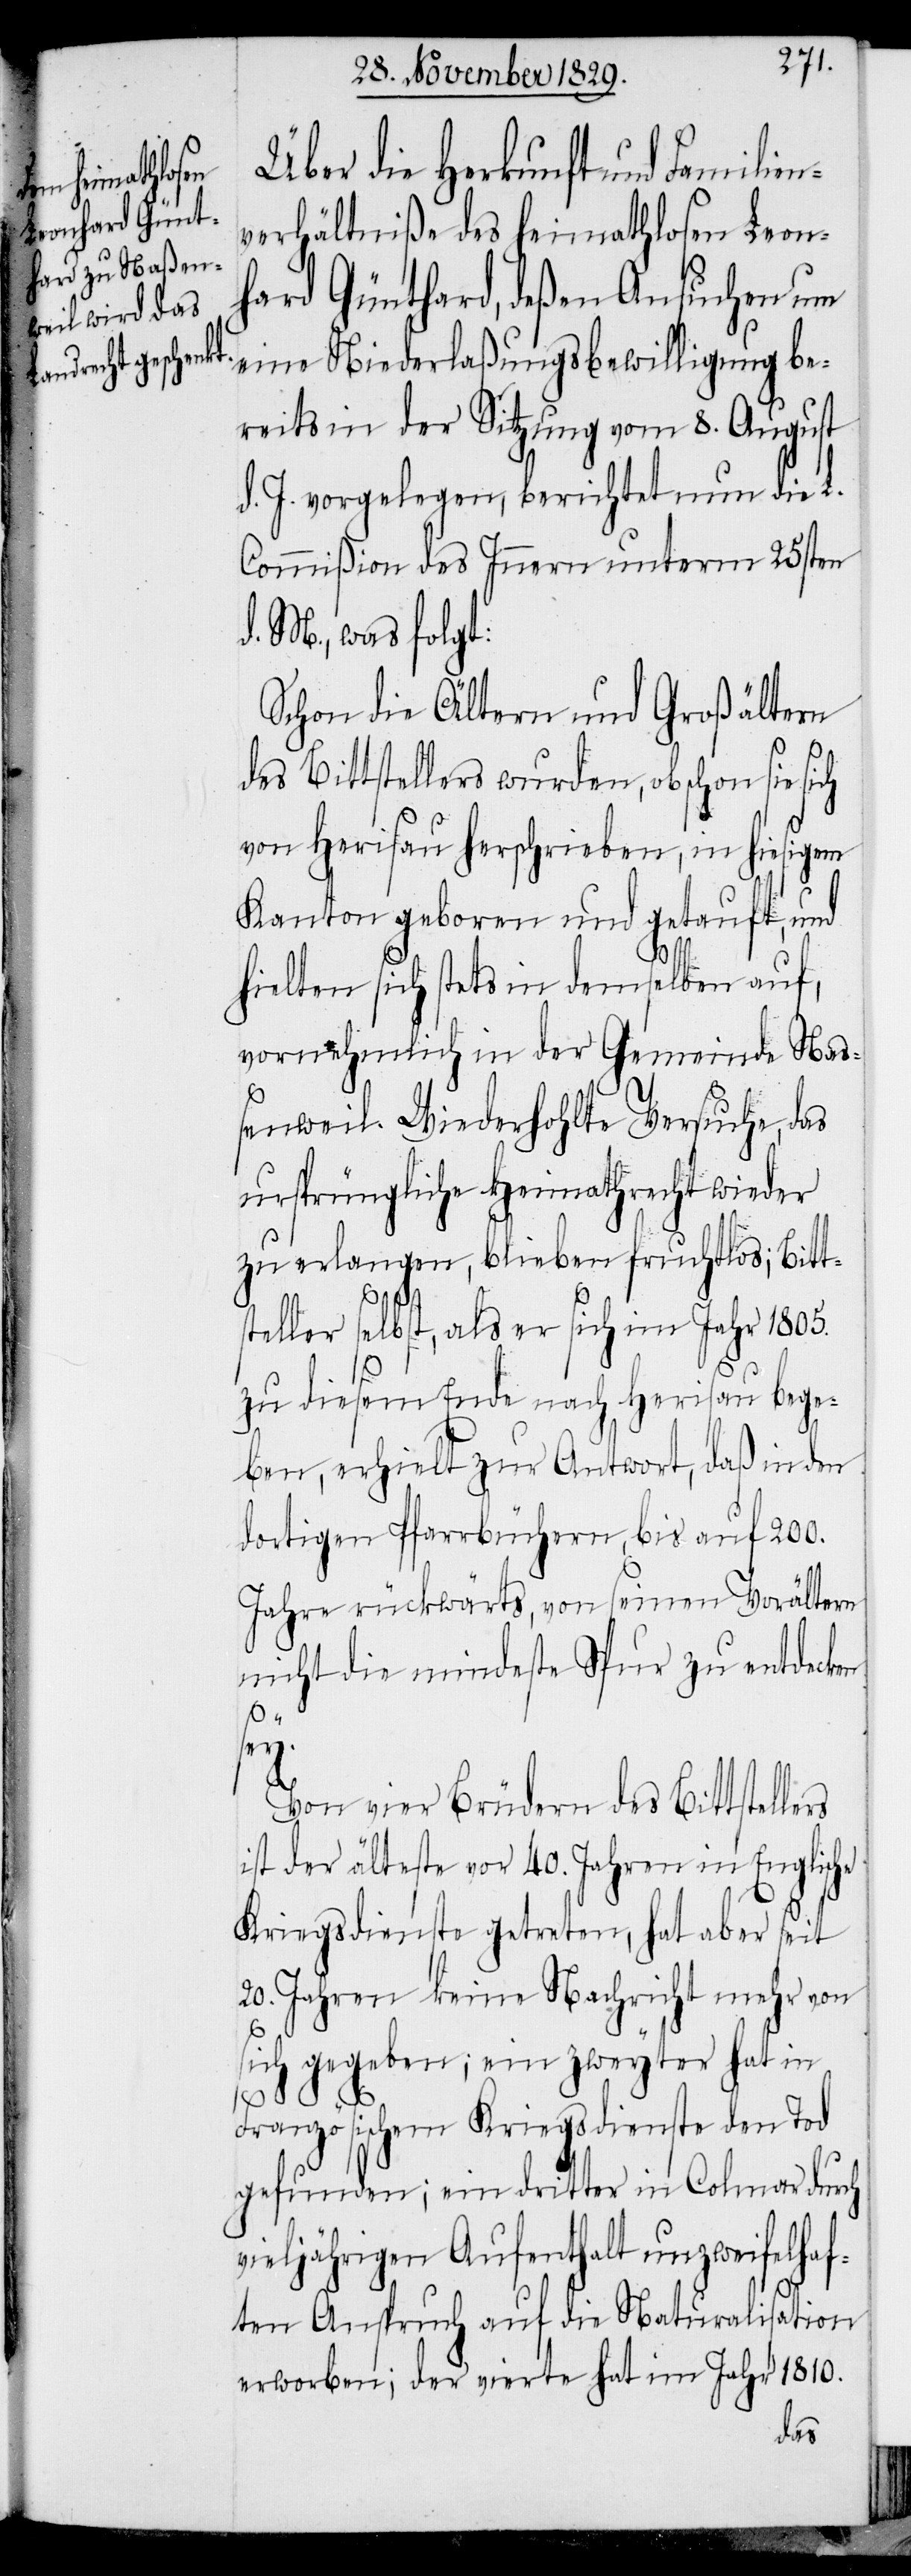
Über die Herkunft und Familien¬
verhältniße des heimathlosen Leon¬
hard Günthard, deßen Ansuchen um
eine Niederlaßungsbewilligung be¬
reits in der Sitzung vom 8. August
d. J. vorgelegen, berichtet nun die L.
Commißion des Innern unterm 25sten
d. M., was folgt:
Schon die Ältern und Großältern
des Bittstellers wurden, obschon sie
von Herisau herschrieben, in hiesigem
Kanton geboren und getauft, und
hielten sich stets in demselben auf,
vornehmlich in der Gemeinde Na¬
ßenweil. Wiederhohlte Versuche, das
ursprüngliche Heimathrecht wieder
zu erlangen, blieben fruchtlos; Bitt¬
steller selbst, als er sich im Jahr 1805.
zu diesem Ende nach Herisau bege¬
ben, erhielt zur Antwort, daß in den
dortigen Pfarrbüchern, bis auf 200.
Jahre rückwärts, von seinen Vorältern
nicht die mindeste Spur zu entdecken
sey.
Von vier Brüdern des Bittstellers
ist der älteste vor 40. Jahren in Englische
Kriegsdienste getreten, hat aber seit
20. Jahren keine Nachricht mehr von
sich gegeben; ein zweyter hat in
Französischem Kriegsdienste den Tod
gefunden; ein dritter in Colmar durch
vieljährigen Aufenthalt unzweifelha¬
ften Anspruch auf die Naturalisation
erworben, der vierte hat im Jahr 1810.